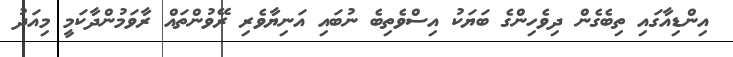
އިންޑިއާގައި ތިބެގެން ދިވެހިންގެ ބަޔަކު އިސްވެތިބެ ނުބައި އަނިޔާވެރި ރޭވުންތައް ރާވަމުންދާކަމީ މިއަދު